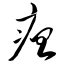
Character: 疸